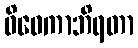
ဝိဝေကာဘိရတာ